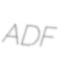
ADF